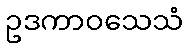
ဥဒကာဝသေသံ